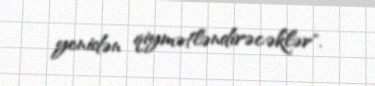
yenidən qiymətləndirəcəklər".